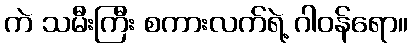
ကဲ သမီးကြီး စကားလက်ရဲ့ ဂါဝန်ရော။